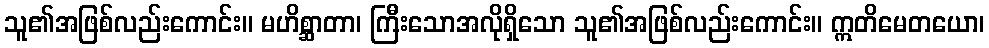
သူ၏အဖြစ်လည်းကောင်း။ မဟိစ္ဆာတာ၊ ကြီးသောအလိုရှိသော သူ၏အဖြစ်လည်းကောင်း။ ဣတိမေတယော၊